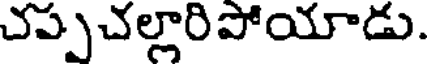
చప్పచల్లారిపోయాడు.